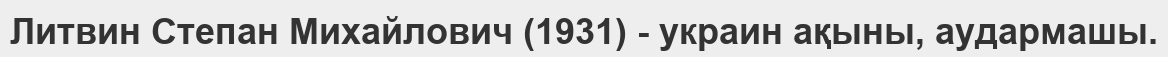
Литвин Cтепан Михайлович (1931) - украин ақыны, аудармашы.